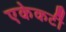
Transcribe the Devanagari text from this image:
एकेकटीं